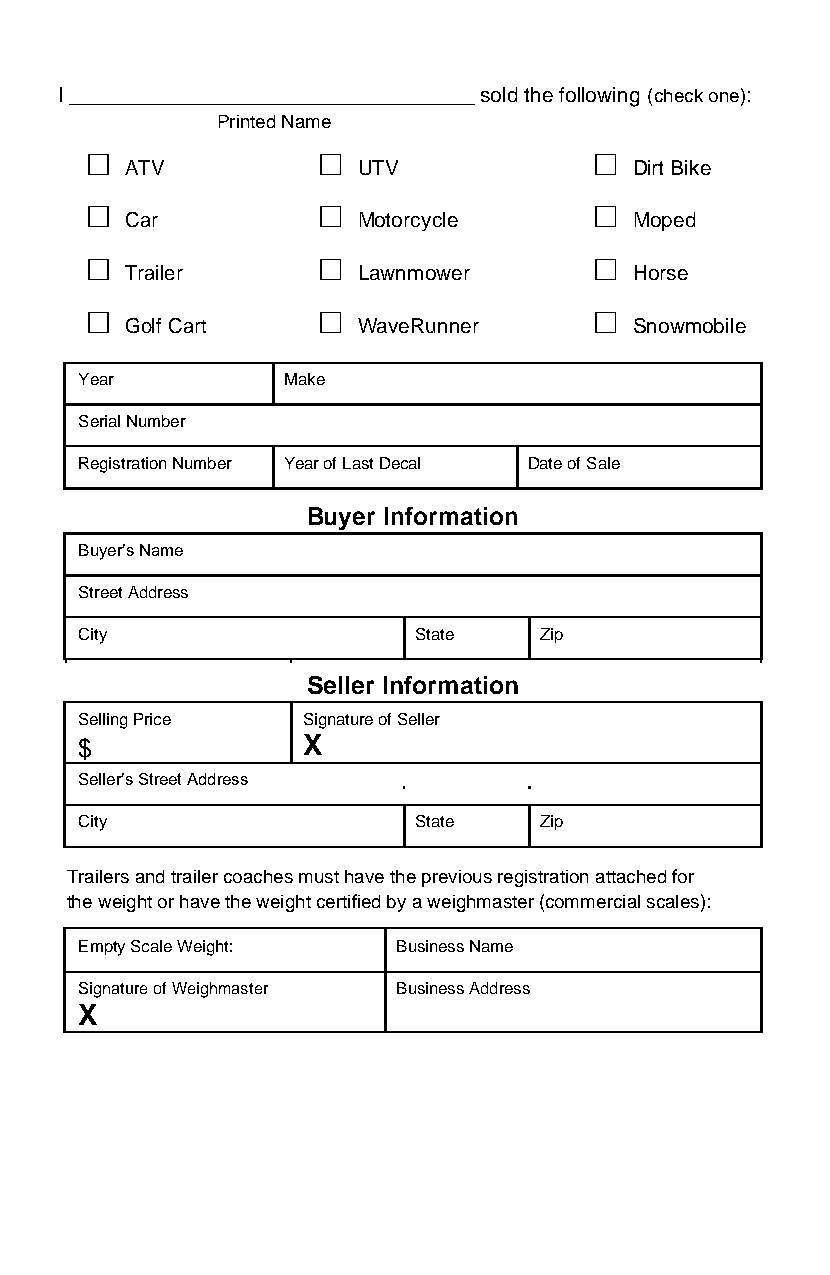
I ___________________________________ sold the following (check one):
 Printed Name
 □              □                 □
 ATV             UTV               Dirt Bike
 □              □                 □
 Car             Motorcycle        Moped
 □              □                 □
 Trailer         Lawnmower         Horse
 □              □                 □
 Golf Cart       WaveRunner        Snowmobile
 Year          Make
 Serial Number
 Registration Number Year of Last Decal Date of Sale
 Buyer Information
 Buyer’s Name
 Street Address
 City                  State    Zip
 Seller Information
 Selling Price  Signature of Seller
 $              X
 Seller’s Street Address
 City                  State    Zip
 Trailers and trailer coaches must have the previous registration attached for
 the weight or have the weight certified by a weighmaster (commercial scales):
 Empty Scale Weight:  Business Name
 Signature of Weighmaster Business Address
 X